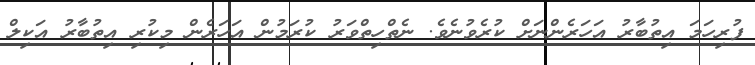
ފުރިހަމަ އިތުބާރު އަހަރެންނަށް ކުރެވުނެވެ. ނެތްހިތްވަރު ކުރަމުން އަހަރެން މިކުރި އިތުބާރު އަކިލް